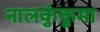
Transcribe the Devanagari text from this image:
नालकुंकुमा